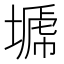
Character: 𭏣